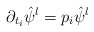
\begin{align*}\partial_{t_i} \hat{\psi}^l = p_i \hat{\psi}^l\end{align*}